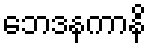
ဘေဒနကာနိ